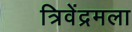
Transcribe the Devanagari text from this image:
त्रिवेंद्रमला